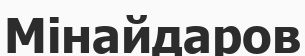
Мінайдаров